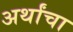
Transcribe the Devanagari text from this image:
अर्थांचा